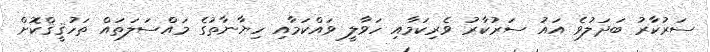
ސަރުކާރު ބަދަލުވެ އައު ސަރުކާރު ވެރިކަމާއި ހަވާލީ ވައްކަމާއި ހިޔާނާތުގެ މައްސަލަތައް ތަހުޤީޤްކޮށް